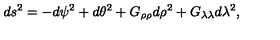
d s ^ { 2 } = - d \psi ^ { 2 } + d \theta ^ { 2 } + G _ { \rho \rho } d \rho ^ { 2 } + G _ { \lambda \lambda } d \lambda ^ { 2 } , \nonumber